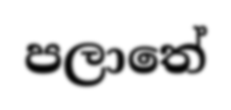
පලාතේ